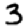
Digit: 3